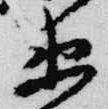
衛